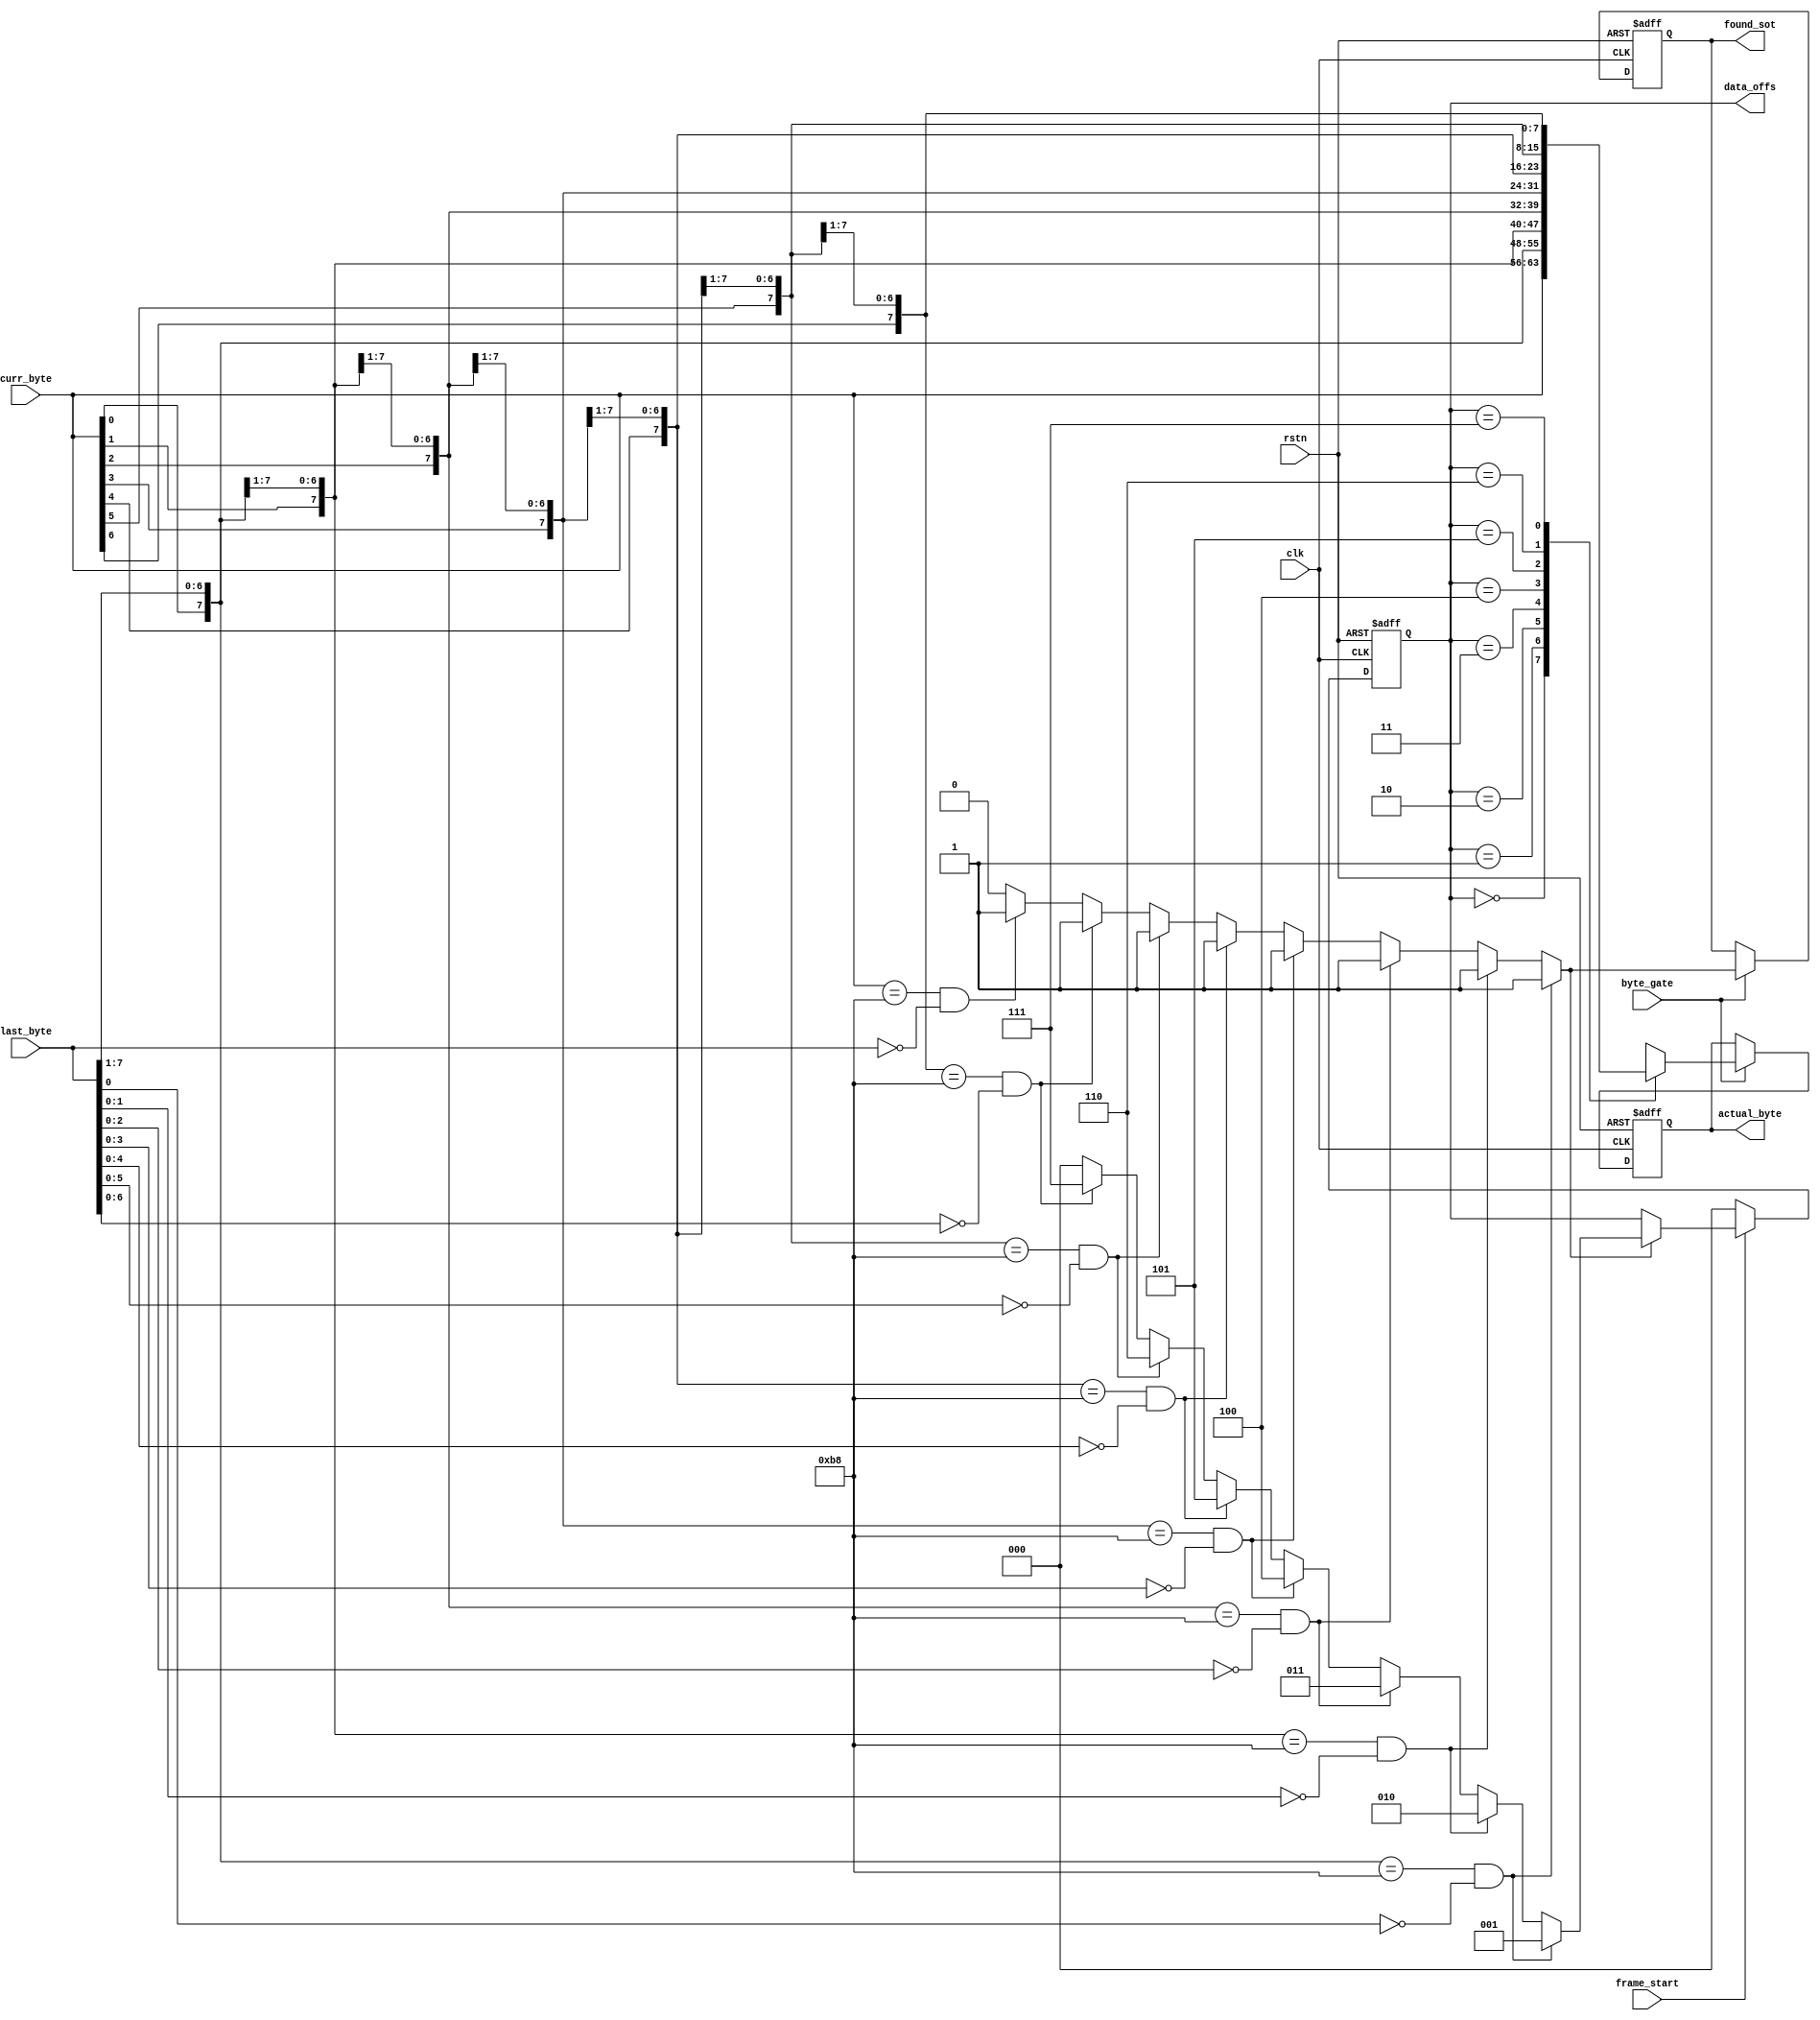
module bit_slip_v(input clk,
						input rstn,
						input   byte_gate,
						input [7:0]  curr_byte,
						input [7:0]	 last_byte,
						input        frame_start,
						output reg		 found_sot,
						output reg [2:0] data_offs,
						output reg [7:0] actual_byte);

reg found_hdr;
reg [2:0] hdr_offs;
always @(curr_byte or last_byte)
	begin
/*	if({last_byte[7:0]} == 8'hb8)
		begin
		found_hdr = 1'b1;
		hdr_offs = 0;
		end
	else */if(({curr_byte[0],last_byte[7:1]} == 8'hb8)&&(last_byte[0] == 0))
				begin
				found_hdr = 1'b1;
				hdr_offs = 1;
				end
	else if(({curr_byte[1:0],last_byte[7:2]} == 8'hb8)&&(last_byte[1:0] == 0))
				begin
				found_hdr = 1'b1;
				hdr_offs = 3'd2;
				end
	else if(({curr_byte[2:0],last_byte[7:3]} == 8'hb8)&&(last_byte[2:0] == 0))
				begin
				found_hdr = 1'b1;
				hdr_offs = 3'd3;
				end
	else if(({curr_byte[3:0],last_byte[7:4]} == 8'hb8)&&(last_byte[3:0] == 0))
				begin
				found_hdr = 1'b1;
				hdr_offs = 3'd4;
				end
	else if(({curr_byte[4:0],last_byte[7:5]} == 8'hb8)&&(last_byte[4:0] == 0))
				begin
				found_hdr = 1'b1;
				hdr_offs = 3'd5;
				end
	else if(({curr_byte[5:0],last_byte[7:6]} == 8'hb8)&&(last_byte[5:0] == 0))
				begin
				found_hdr = 1'b1;
				hdr_offs = 3'd6;
				end
	else if(({curr_byte[6:0],last_byte[7]} == 8'hb8)&&(last_byte[6:0] == 0))
				begin
				found_hdr = 1'b1;
				hdr_offs = 3'd7;
				end
	else if((curr_byte[7:0] == 8'hb8)&&(last_byte == 0))
				begin
				found_hdr = 1'b1;
				hdr_offs = 0;				
				end
	else begin
			found_hdr = 0;
			hdr_offs = 0;
			end
	end
////////////////////////////////////////////////
//reg [2:0] data_offs;
//reg found_sot;
always @(posedge clk or negedge rstn)
	if(!rstn)
		begin
		data_offs <= 0;
//		found_sot <= 0;
		end
	else if(frame_start)
			begin
			if(found_hdr)
				begin
				data_offs <= hdr_offs;
//				found_sot <= found_hdr;
				end
			else begin
				  data_offs <= data_offs;
//				  found_sot <= found_sot;
				  end
			end
	else begin
		  data_offs <= 0;
//		  found_sot <= 0;
		  end
/////////////////////////////////////////////
always @(posedge clk or negedge rstn)
	if(!rstn)
		begin
		actual_byte <= 0;
		end
	else if(byte_gate)
			begin
			actual_byte <= shifted_byte;
			end
always @(posedge clk or negedge rstn)
	if(!rstn)
		begin
		found_sot <= 0;
		end
	else if(byte_gate)
			begin
			found_sot <= found_hdr;
			end
///////////////////////////////////			
reg [7:0] shifted_byte;
always @(curr_byte or last_byte)
	begin
	case(data_offs)
		3'd0: shifted_byte = {curr_byte};
		3'd1: shifted_byte = {curr_byte[0],last_byte[7:1]};
		3'd2: shifted_byte = {curr_byte[1:0],last_byte[7:2]};
		3'd3: shifted_byte = {curr_byte[2:0],last_byte[7:3]};
		3'd4: shifted_byte = {curr_byte[3:0],last_byte[7:4]};
		3'd5: shifted_byte = {curr_byte[4:0],last_byte[7:5]};
		3'd6: shifted_byte = {curr_byte[5:0],last_byte[7:6]};
		3'd7: shifted_byte = {curr_byte[6:0],last_byte[7]};
		default:;
		endcase
	end
endmodule